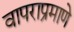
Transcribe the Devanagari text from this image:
वापराप्रमाणे